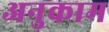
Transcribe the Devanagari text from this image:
अनुकाम